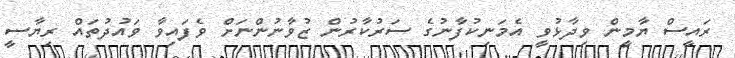
ރައީސް ޔާމީން ވިދާޅުވީ އެމަނިކުފާނުގެ ސަރުކާރުން ޒުވާނުންނަށް ވެފައިވާ ވައުދުތައް ރިޔާސީ